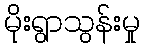
မိုးရွာသွန်းမှု